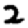
Digit: 2